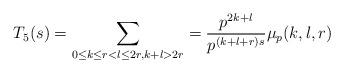
LaTeX: \begin{align*}T_5(s) = \sum_{\substack{0 \leq k \leq r < l \leq 2r, k+l > 2r}} = \frac{p^{2k+l}}{p^{(k+l+r)s}} \mu_p(k,l,r)\end{align*}